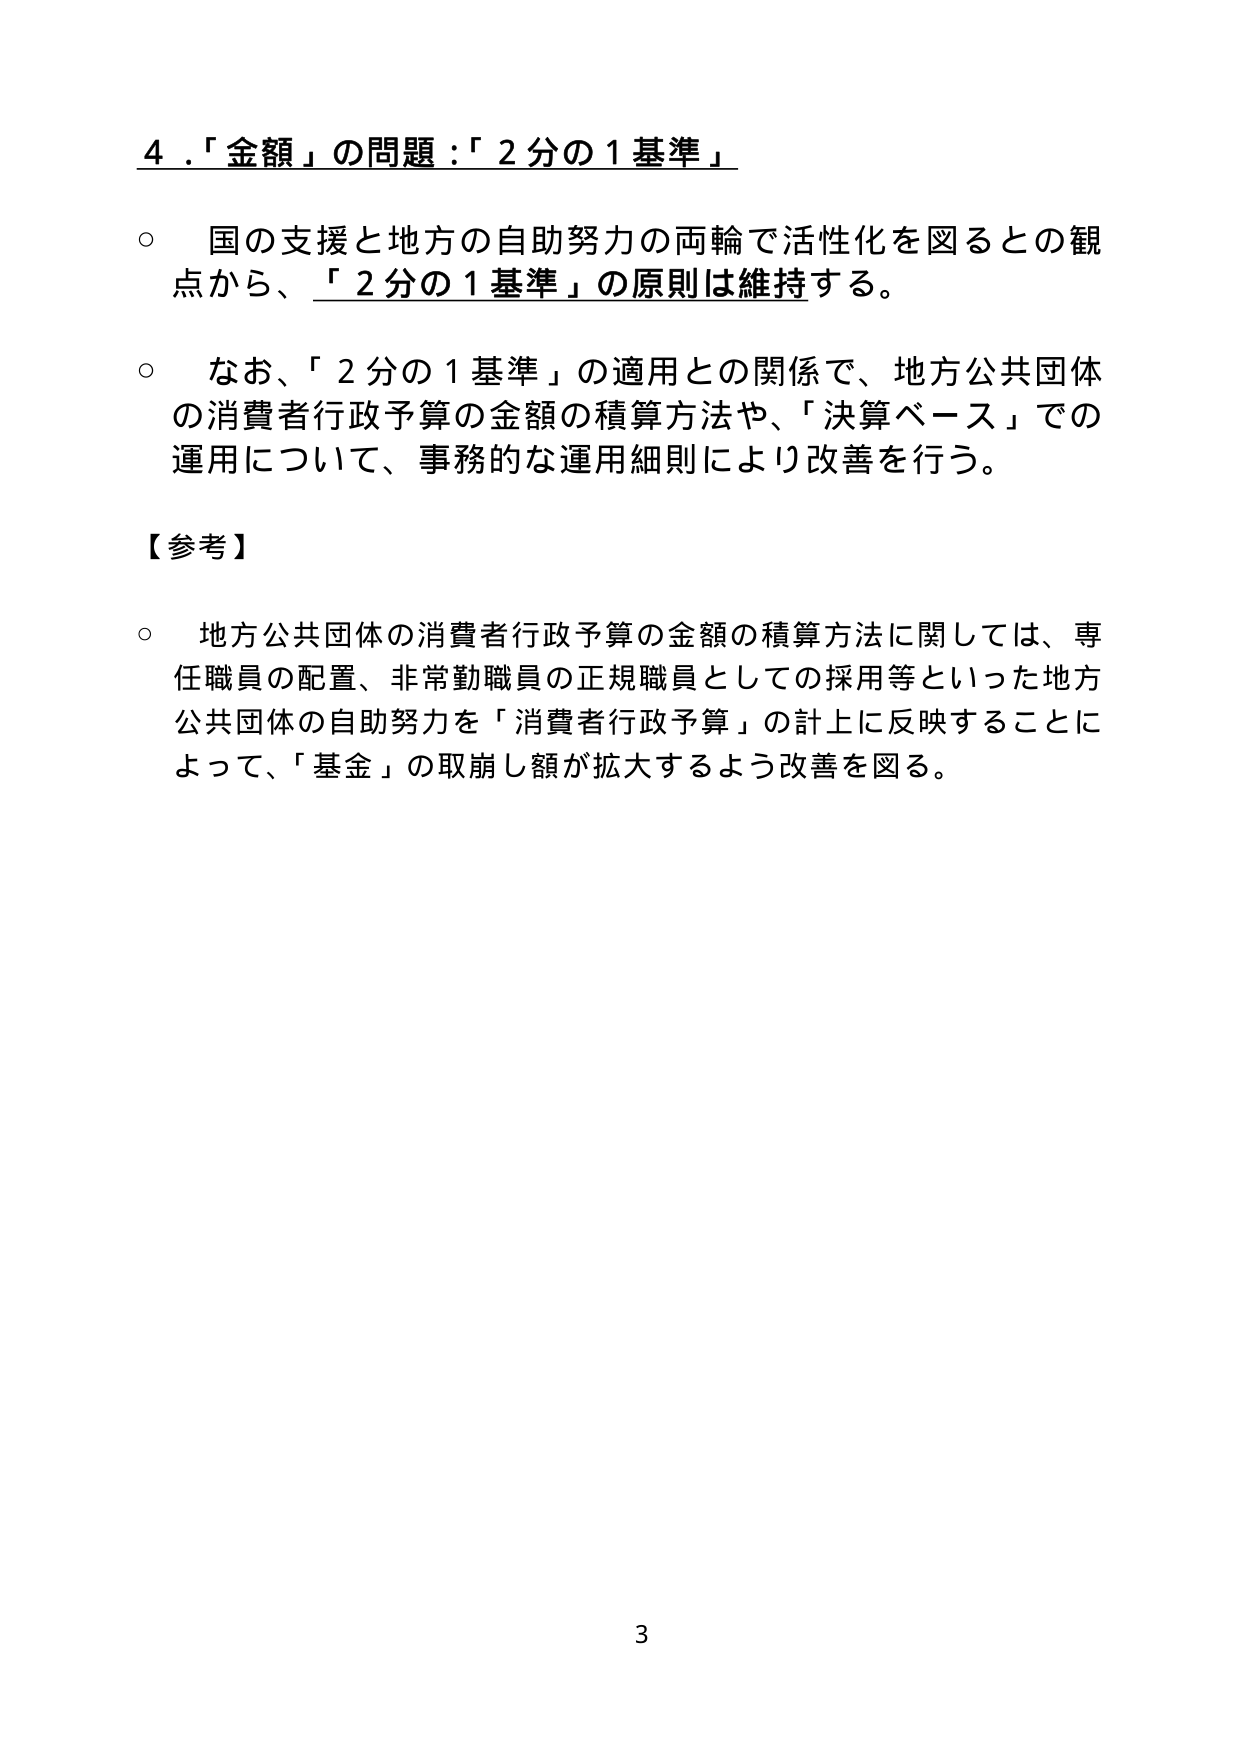
４．「金額」の問題：「２分の１基準」

○ 国の支援と地方の自助努力の両輪で活性化を図るとの観点から、「２分の１基準」の原則は維持する。

○ なお、「２分の１基準」の適用との関係で、地方公共団体の消費者行政予算の金額の積算方法や、「決算ベース」での運用について、事務的な運用細則により改善を行う。

【参考】

○ 地方公共団体の消費者行政予算の金額の積算方法に関しては、専任職員の配置、非常勤職員の正規職員としての採用等といった地方公共団体の自助努力を「消費者行政予算」の計上に反映することによって、「基金」の取崩し額が拡大するよう改善を図る。

3